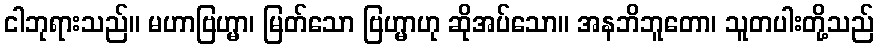
ငါဘုရားသည်။ မဟာဗြဟ္မာ၊ မြတ်သော ဗြဟ္မာဟု ဆိုအပ်သော။ အနဘိဘူတော၊ သူတပါးတို့သည်